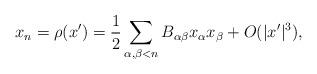
LaTeX: \begin{align*}x_n = \rho (x') = \frac{1}{2} \sum_{\alpha, \beta < n} B_{\alpha\beta} x_\alpha x_\beta + O (|x'|^3),\end{align*}